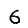
Digit: 6